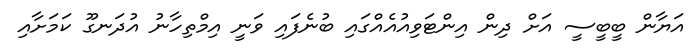
އަޔާން ބީބީސީ އަށް ދިން އިންޓަވިއުއެއްގައި ބުނެފައި ވަނީ އިމްތިހާނު އުދަނގޫ ކަމަށާއި